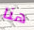
هنا